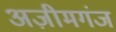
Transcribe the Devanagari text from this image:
अज़ीमगंज